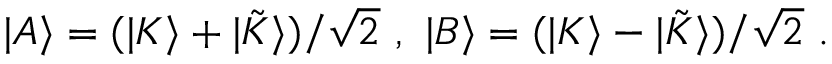
| A \rangle = ( | K \rangle + | { \tilde { K } } \rangle ) / \sqrt { 2 } \ , \ | B \rangle = ( | K \rangle - | { \tilde { K } } \rangle ) / \sqrt { 2 } \ .